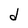
Character: d